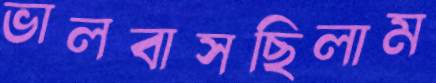
ভালবাসছিলাম